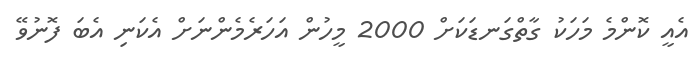
އެއީ ކޮންމެ މަހަކު ގާތްގަނޑަކަށް 2000 މީހުން އަހަރެމެންނަށް އެކަނި އެބަ ފޮނުވޭ